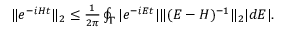
\begin{array} { r } { \| e ^ { - i H t } \| _ { 2 } \le \frac { 1 } { 2 \pi } \oint _ { \Gamma } | e ^ { - i E t } | \| ( E - H ) ^ { - 1 } \| _ { 2 } | d E | . } \end{array}